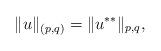
LaTeX: \begin{align*}\|u\|_{(p,q)}=\|u^{**}\|_{p,q},\end{align*}